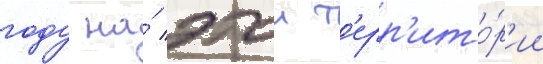
году на́ этои т'ерр'ито́р'ии